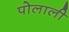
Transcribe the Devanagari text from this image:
पोलाली